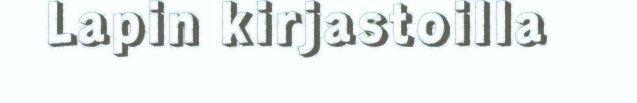
Lapin kirjastoilla